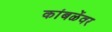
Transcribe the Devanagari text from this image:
कांबळेंवर